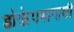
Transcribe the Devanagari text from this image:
डोक्रेपणापाशी